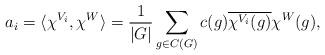
LaTeX: \begin{align*}a_i = \langle \chi^{V_i}, \chi^W \rangle = \frac{1}{|G|} \sum_{g\in C(G)} c(g) \overline{\chi^{V_i}(g)} \chi^W(g),\end{align*}